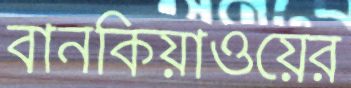
বানকিয়াওয়ের